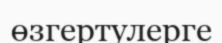
өзгертулерге